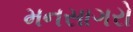
મનસાગરો